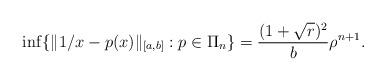
LaTeX: \begin{align*} \inf\{\|1/x-p(x)\|_{[a,b]} : p \in \Pi_n \}=\frac{(1+\sqrt{r})^2}{b} \rho^{n+1}. \end{align*}